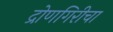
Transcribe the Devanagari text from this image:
द्रोणगिरीचा